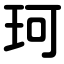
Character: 珂